Leaving Certificate Examination (including Day School Certificate (Higher) General paper), 1932
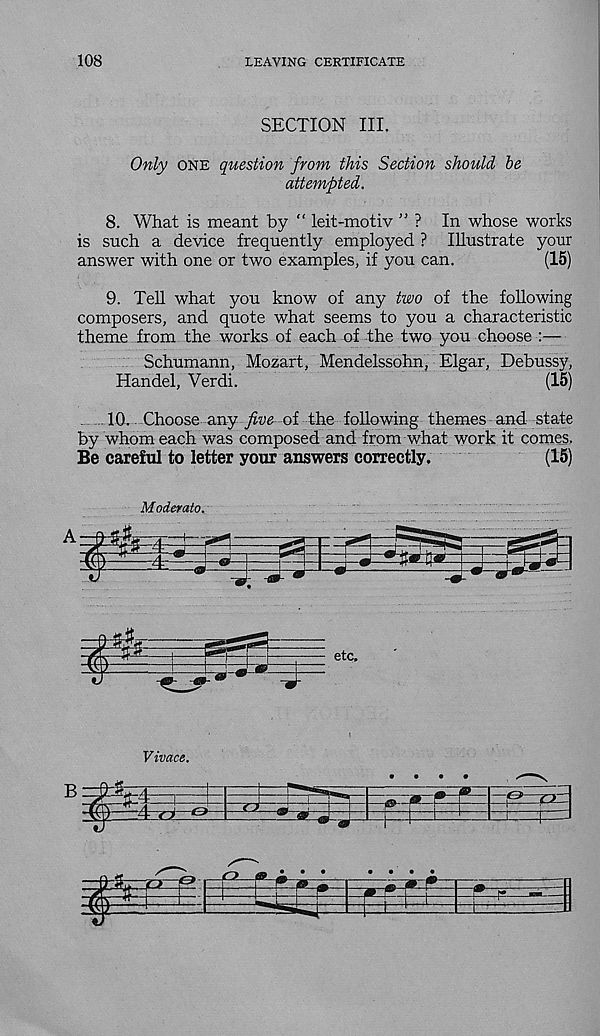
108
LEAVING CERTIFICATE
SECTION III.
Only one question from this Section should be
attempted.
8. What is meant by “ leit-motiv ” ? In whose works
is such a device frequently employed ? Illustrate your
answer with one or two examples, if you can.
(15)
9. Tell what you know of any two of the following
composers, and quote what seems to you a characteristic
theme from the works of each of the two you choose
Schumann, Mozart, Mendelssohn, Elgar, Debussy,
Handel, Verdi.
(15)
10. Choose any five of the following themes and state
by whom each was composed and from what work it comes.
Be careful to letter your answers correctly.
(15)
Moderato.